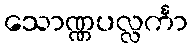
သောဏ္ဏပလ္လင်္ကာ